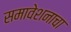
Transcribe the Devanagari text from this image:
समावेशनाचा